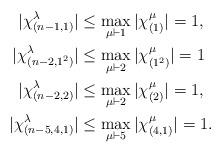
LaTeX: \begin{align*}|\chi^\lambda_{(n-1,1)}| & \leq \max_{\mu \vdash 1} |\chi^\mu_{(1)}| = 1,\\|\chi^\lambda_{(n-2,1^2)}| & \leq \max_{\mu \vdash 2} |\chi^\mu_{(1^2)}| = 1\\|\chi^\lambda_{(n-2,2)}| & \leq \max_{\mu \vdash 2} |\chi^\mu_{(2)}| = 1,\\|\chi^\lambda_{(n-5,4,1)}| & \leq \max_{\mu \vdash 5} | \chi^\mu_{(4,1)}| = 1.\end{align*}